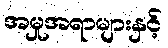
အမှုအရာများနှင့်